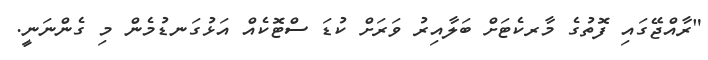
"ރާއްޖޭގައި ފޮތުގެ މާރކެޓަށް ބަލާއިރު ވަރަށް ކުޑަ ސްޓޮކެއް އަޅުގަނޑުމެން މި ގެންނަނީ.